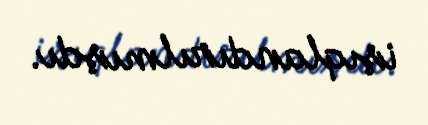
işıqlandırılmışdı.